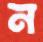
ন